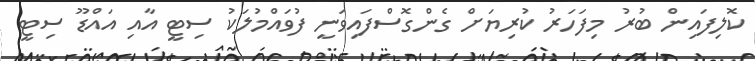
ކޮލިފައިން ބުރު މިފަހަރު ކުރިޔަށް ގެންގޮސްފައިވަނީ ފުވައްމުލަކު ސިޓީ އާއި އައްޑޫ ސިޓީ